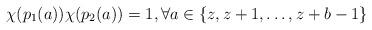
LaTeX: \begin{align*}\chi(p_1(a))\chi(p_2(a)) =1, \forall a \in \{z,z+1,\ldots,z+b-1\}\end{align*}